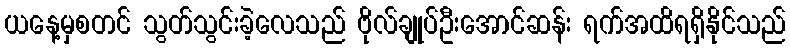
ယနေ့မှစတင် သွတ်သွင်းခဲ့လေသည် ဗိုလ်ချုပ်ဦးအောင်ဆန်း ရက်အထိရရှိနိုင်သည်